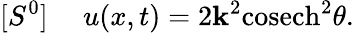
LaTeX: [S^{0}]~~~~~u(x,t)=2\mathbf{k}^{2}\mathrm{{cosech}}^{2}\theta.